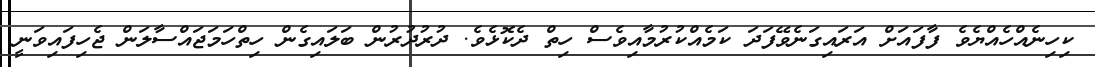
ކިހިނެއްހެއްޔެވެ ފާފައަށް އަރައިގަނެވޭފަދަ ކަމެއްކުރުމާއިވެސް ހިތް ދެކޮޅެވެ. ދުރުދުރުން ބަލައިގެން ހިތްހަމަޖައްސާލަން ޖެހިފައިވަނީ